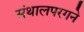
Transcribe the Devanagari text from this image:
संथालपरगने